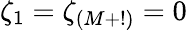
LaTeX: \zeta_{1}=\zeta_{(M+!)}=0